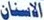
الاسنان